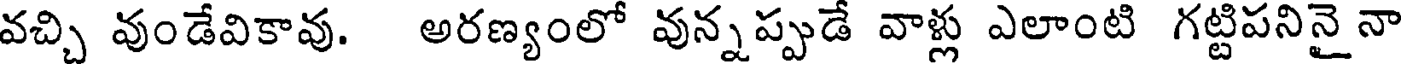
వచ్చి వుండేవికావు. అరణ్యంలో వున్నప్పుడే వాళ్లు ఎలాంటి గట్టిపనినైనా